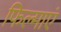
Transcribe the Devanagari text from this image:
फिल्माएं